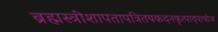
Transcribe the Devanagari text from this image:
ब्रह्मस्त्रीशापतापत्रितयकदनकृत्पादपाथोज